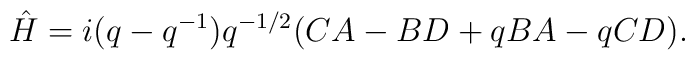
\hat H =i(q-q^{-1})q^{-1/2}(CA-BD+qBA-qCD).